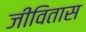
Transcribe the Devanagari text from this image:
जीवितास